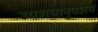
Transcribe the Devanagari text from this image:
उपशयानुपशय